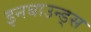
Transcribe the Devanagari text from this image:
इनबाउन्ड्स